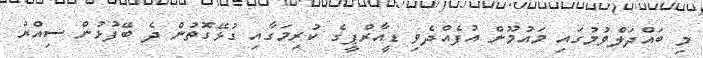
މި ބައްދަލްވުމުގައި މައުމޫން އުފެއްދެވި ޑީއާރްޕީގެ ކުރިމަގާއި ގުޅޭގޮތުން ދެ ބޭފުޅުން ސިއްރު